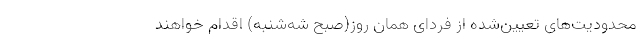
محدودیت‌های تعیین‌شده از فردای همان روز(صبح شه‌شنبه) اقدام خواهند